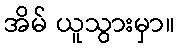
အိမ် ယူသွားမှာ။